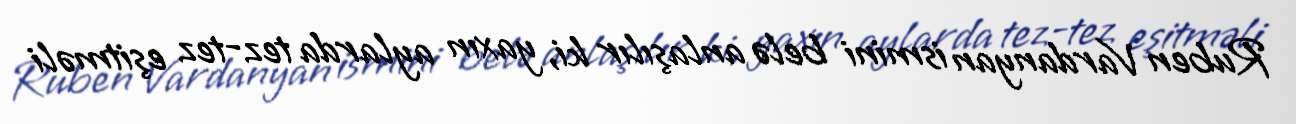
Ruben Vardanyan ismini belə anlaşılır ki, yaxın aylarda tez-tez eşitməli